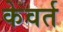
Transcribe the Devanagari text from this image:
केवर्त